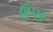
ઉ૫ર